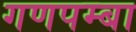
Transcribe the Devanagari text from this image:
गणपम्बा